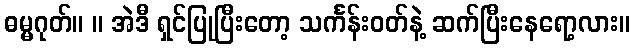
ဓမ္မဂုတ်။ ။ အဲဒီ ရှင်ပြုပြီးတော့ သင်္ကန်းဝတ်နဲ့ ဆက်ပြီးနေရော့လား။